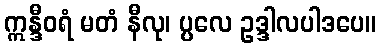
ဣန္ဒီဝရံ မတံ နီလု၊ ပ္ပလေ ဥဒ္ဒါလပါဒပေ။